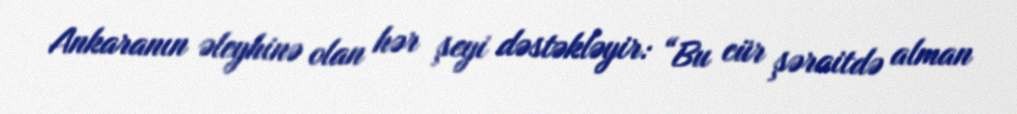
Ankaranın əleyhinə olan hər şeyi dəstəkləyir: “Bu cür şəraitdə alman